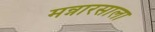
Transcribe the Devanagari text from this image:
मन्नारसाला